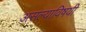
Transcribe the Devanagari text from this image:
असल्याविषयी